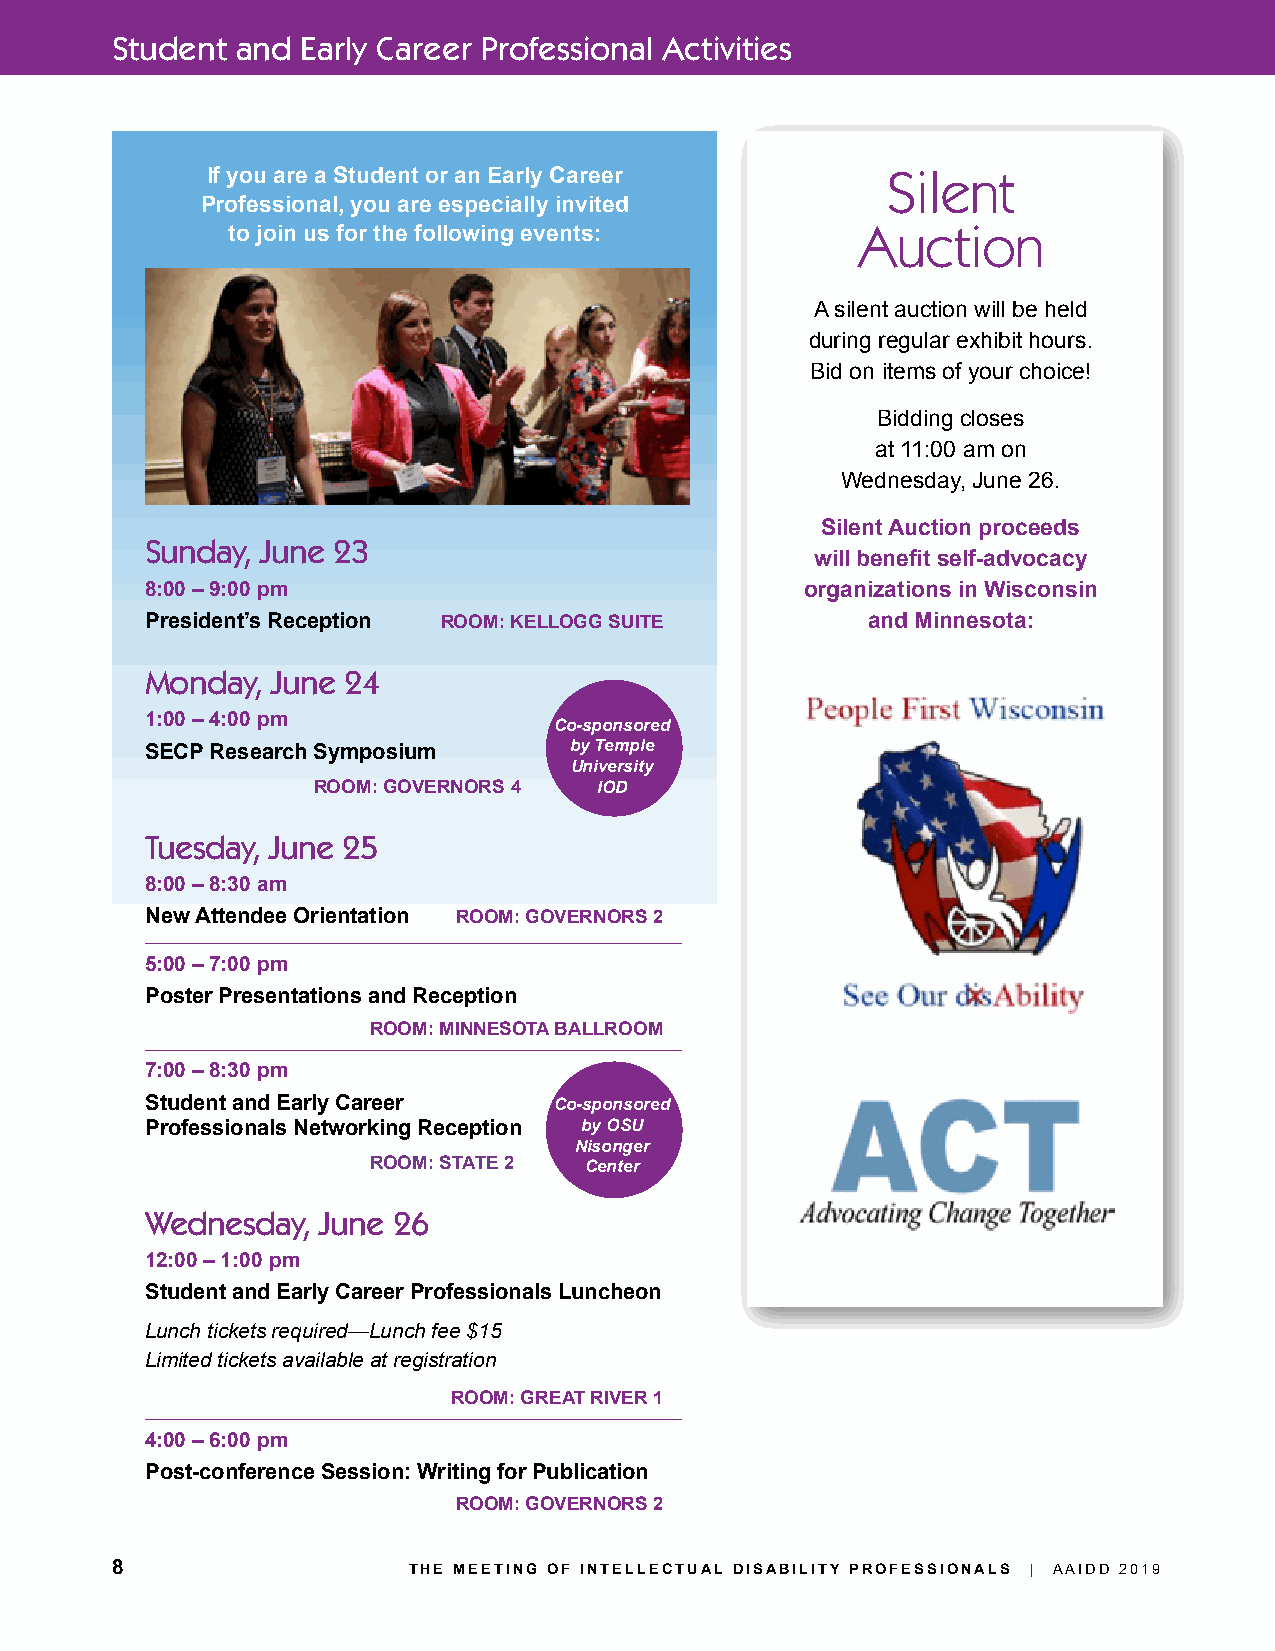
Student  and Early Career Professional Activities
 If you are a Student or an Early Career      Silent
 Professional, you are especially invited
 to join us for the following events:      Auction
 A silent auction will be held
 during regular exhibit hours.
 Bid on items of your choice!
 Bidding closes
 at 11:00 am on
 Wednesday, June 26.
 Silent Auction proceeds
 Sunday, June 23
 will benefit self-advocacy
 8:00 – 9:00 pm                             organizations in Wisconsin
 President’s Reception ROOM: KELLOGG SUITE      and Minnesota:
 Monday, June 24
 1:00 – 4:00 pm
 Co-sponsored
 SECP Research Symposium     by Temple
 University
 ROOM: GOVERNORS 4  IOD
 Tuesday, June 25
 8:00 – 8:30 am
 New Attendee Orientation ROOM: GOVERNORS 2
 5:00 – 7:00 pm
 Poster Presentations and Reception
 ROOM: MINNESOTA BALLROOM
 7:00 – 8:30 pm
 Student and Early Career   Co-sponsored
 Professionals Networking Reception by OSU
 Nisonger
 ROOM: STATE 2  Center
 Wednesday, June 26
 12:00 – 1:00 pm
 Student and Early Career Professionals Luncheon
 Lunch tickets required—Lunch fee $15
 Limited tickets available at registration
 ROOM: GREAT RIVER 1
 4:00 – 6:00 pm
 Post-conference Session: Writing for Publication
 ROOM: GOVERNORS 2
 8                   THE MEETING OF INTELLECTUAL DISABILITY PROFESSIONALS | AAIDD 2019